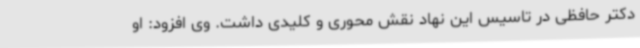
دکتر حافظی در تاسیس این نهاد نقش محوری و کلیدی داشت. وی افزود: او